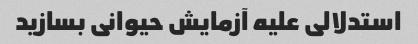
استدلالی علیه آزمایش حیوانی بسازید